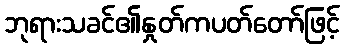
ဘုရားသခင်၏နှုတ်ကပတ်တော်ဖြင့်